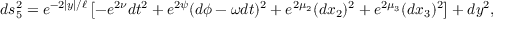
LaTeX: \nonumber d s _ { 5 } ^ { 2 } = e ^ { - 2 | y | / \ell } \left[ - e ^ { 2 \nu } d t ^ { 2 } + e ^ { 2 \psi } ( d \phi - \omega d t ) ^ { 2 } + e ^ { 2 \mu _ { 2 } } ( d x _ { 2 } ) ^ { 2 } + e ^ { 2 \mu _ { 3 } } ( d x _ { 3 } ) ^ { 2 } \right] + d y ^ { 2 } ,